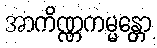
အာကိဏ္ဏကမ္မန္တော